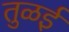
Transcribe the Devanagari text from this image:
तुळई